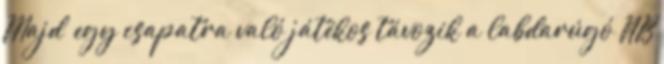
Majd’ egy csapatra való játékos távozik a labdarúgó NB